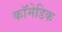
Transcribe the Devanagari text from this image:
कॉमेडिक